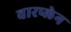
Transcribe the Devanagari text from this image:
वारप्लेन